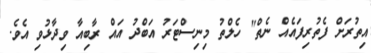
އިތުރަށް ފެތުރިފައެއް ނެތް" ހެލްތު މިނިސްޓަރު އަބްދު އައް ރާބިއާ ވިދާޅުވި އެވެ.